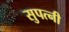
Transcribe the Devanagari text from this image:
सुपत्नी